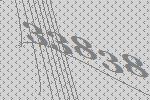
33838